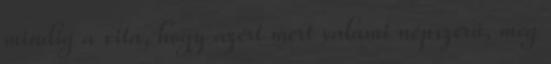
mindig a vita, hogy azért mert valami népszerű, meg